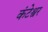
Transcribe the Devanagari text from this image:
कंटेश्वर